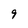
Character: 9